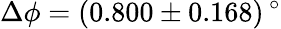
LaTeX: \Delta\phi=(0.800\pm 0.168)\, ^{\circ}